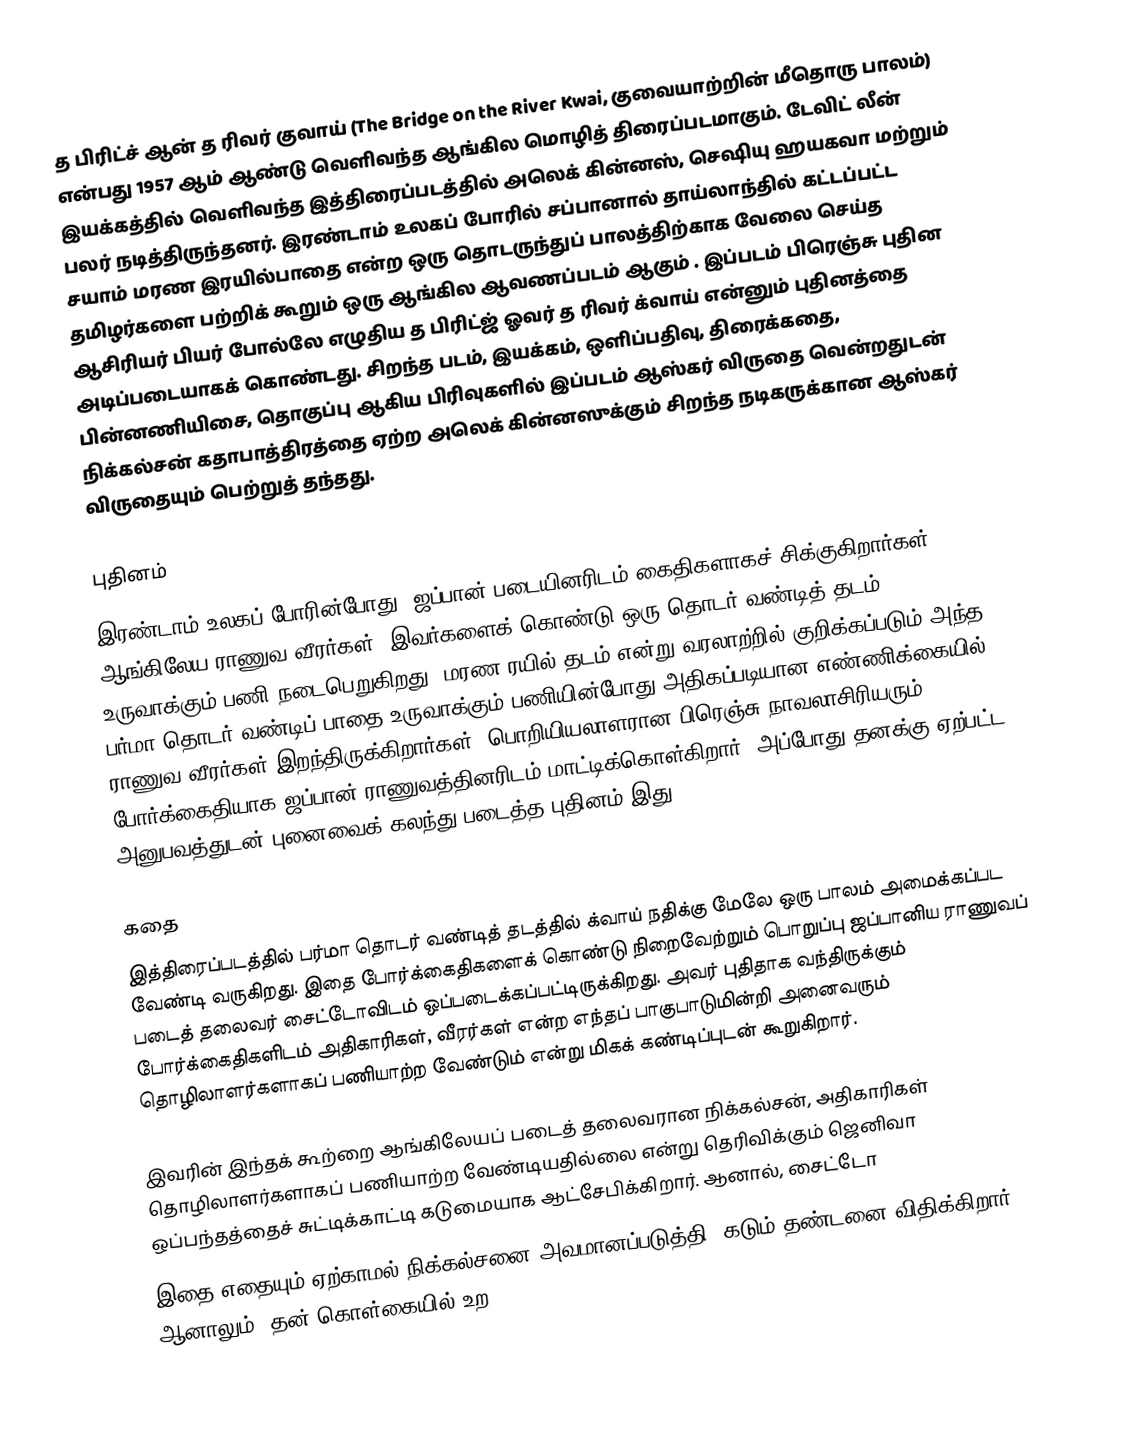
த பிரிட்ச் ஆன் த ரிவர் குவாய் (The Bridge on the River Kwai, குவையாற்றின் மீதொரு பாலம்) என்பது 1957 ஆம் ஆண்டு வெளிவந்த ஆங்கில மொழித் திரைப்படமாகும். டேவிட் லீன் இயக்கத்தில் வெளிவந்த இத்திரைப்படத்தில் அலெக் கின்னஸ், செஷியு ஹயகவா மற்றும் பலர் நடித்திருந்தனர்.  இரண்டாம் உலகப் போரில் சப்பானால் தாய்லாந்தில் கட்டப்பட்ட சயாம் மரண இரயில்பாதை என்ற ஒரு தொடருந்துப் பாலத்திற்காக வேலை செய்த தமிழர்களை பற்றிக் கூறும் ஒரு ஆங்கில ஆவணப்படம் ஆகும் . இப்படம் பிரெஞ்சு புதின ஆசிரியர் பியர் போல்லே எழுதிய த பிரிட்ஜ் ஓவர் த ரிவர் க்வாய் என்னும் புதினத்தை அடிப்படையாகக் கொண்டது. சிறந்த படம், இயக்கம், ஒளிப்பதிவு, திரைக்கதை, பின்னணியிசை, தொகுப்பு ஆகிய பிரிவுகளில் இப்படம் ஆஸ்கர் விருதை வென்றதுடன் நிக்கல்சன் கதாபாத்திரத்தை ஏற்ற அலெக் கின்னஸுக்கும் சிறந்த நடிகருக்கான ஆஸ்கர் விருதையும் பெற்றுத் தந்தது.

புதினம்
இரண்டாம் உலகப் போரின்போது, ஜப்பான் படையினரிடம் கைதிகளாகச் சிக்குகிறார்கள் ஆங்கிலேய ராணுவ வீரர்கள். இவர்களைக் கொண்டு ஒரு தொடர் வண்டித் தடம் உருவாக்கும் பணி நடைபெறுகிறது. மரண ரயில் தடம் என்று வரலாற்றில் குறிக்கப்படும் அந்த பர்மா தொடர் வண்டிப் பாதை  உருவாக்கும் பணியின்போது அதிகப்படியான எண்ணிக்கையில் ராணுவ வீரர்கள் இறந்திருக்கிறார்கள். பொறியியலாளரான பிரெஞ்சு நாவலாசிரியரும் போர்க்கைதியாக ஜப்பான் ராணுவத்தினரிடம் மாட்டிக்கொள்கிறார். அப்போது தனக்கு ஏற்பட்ட அனுபவத்துடன் புனைவைக் கலந்து படைத்த புதினம் இது.

கதை
இத்திரைப்படத்தில் பர்மா தொடர் வண்டித் தடத்தில் க்வாய் நதிக்கு மேலே ஒரு பாலம் அமைக்கப்பட வேண்டி வருகிறது. இதை போர்க்கைதிகளைக் கொண்டு நிறைவேற்றும் பொறுப்பு ஜப்பானிய ராணுவப் படைத் தலைவர் சைட்டோவிடம் ஒப்படைக்கப்பட்டிருக்கிறது. அவர் புதிதாக வந்திருக்கும் போர்க்கைதிகளிடம் அதிகாரிகள், வீரர்கள் என்ற எந்தப் பாகுபாடுமின்றி அனைவரும் தொழிலாளர்களாகப் பணியாற்ற வேண்டும் என்று மிகக் கண்டிப்புடன் கூறுகிறார்.

இவரின் இந்தக் கூற்றை ஆங்கிலேயப் படைத் தலைவரான நிக்கல்சன், அதிகாரிகள் தொழிலாளர்களாகப் பணியாற்ற வேண்டியதில்லை என்று தெரிவிக்கும் ஜெனிவா ஒப்பந்தத்தைச் சுட்டிக்காட்டி கடுமையாக ஆட்சேபிக்கிறார். ஆனால், சைட்டோ
இதை எதையும் ஏற்காமல் நிக்கல்சனை அவமானப்படுத்தி, கடும் தண்டனை விதிக்கிறார். ஆனாலும், தன் கொள்கையில் உற